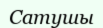
Сатушы